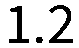
1.2